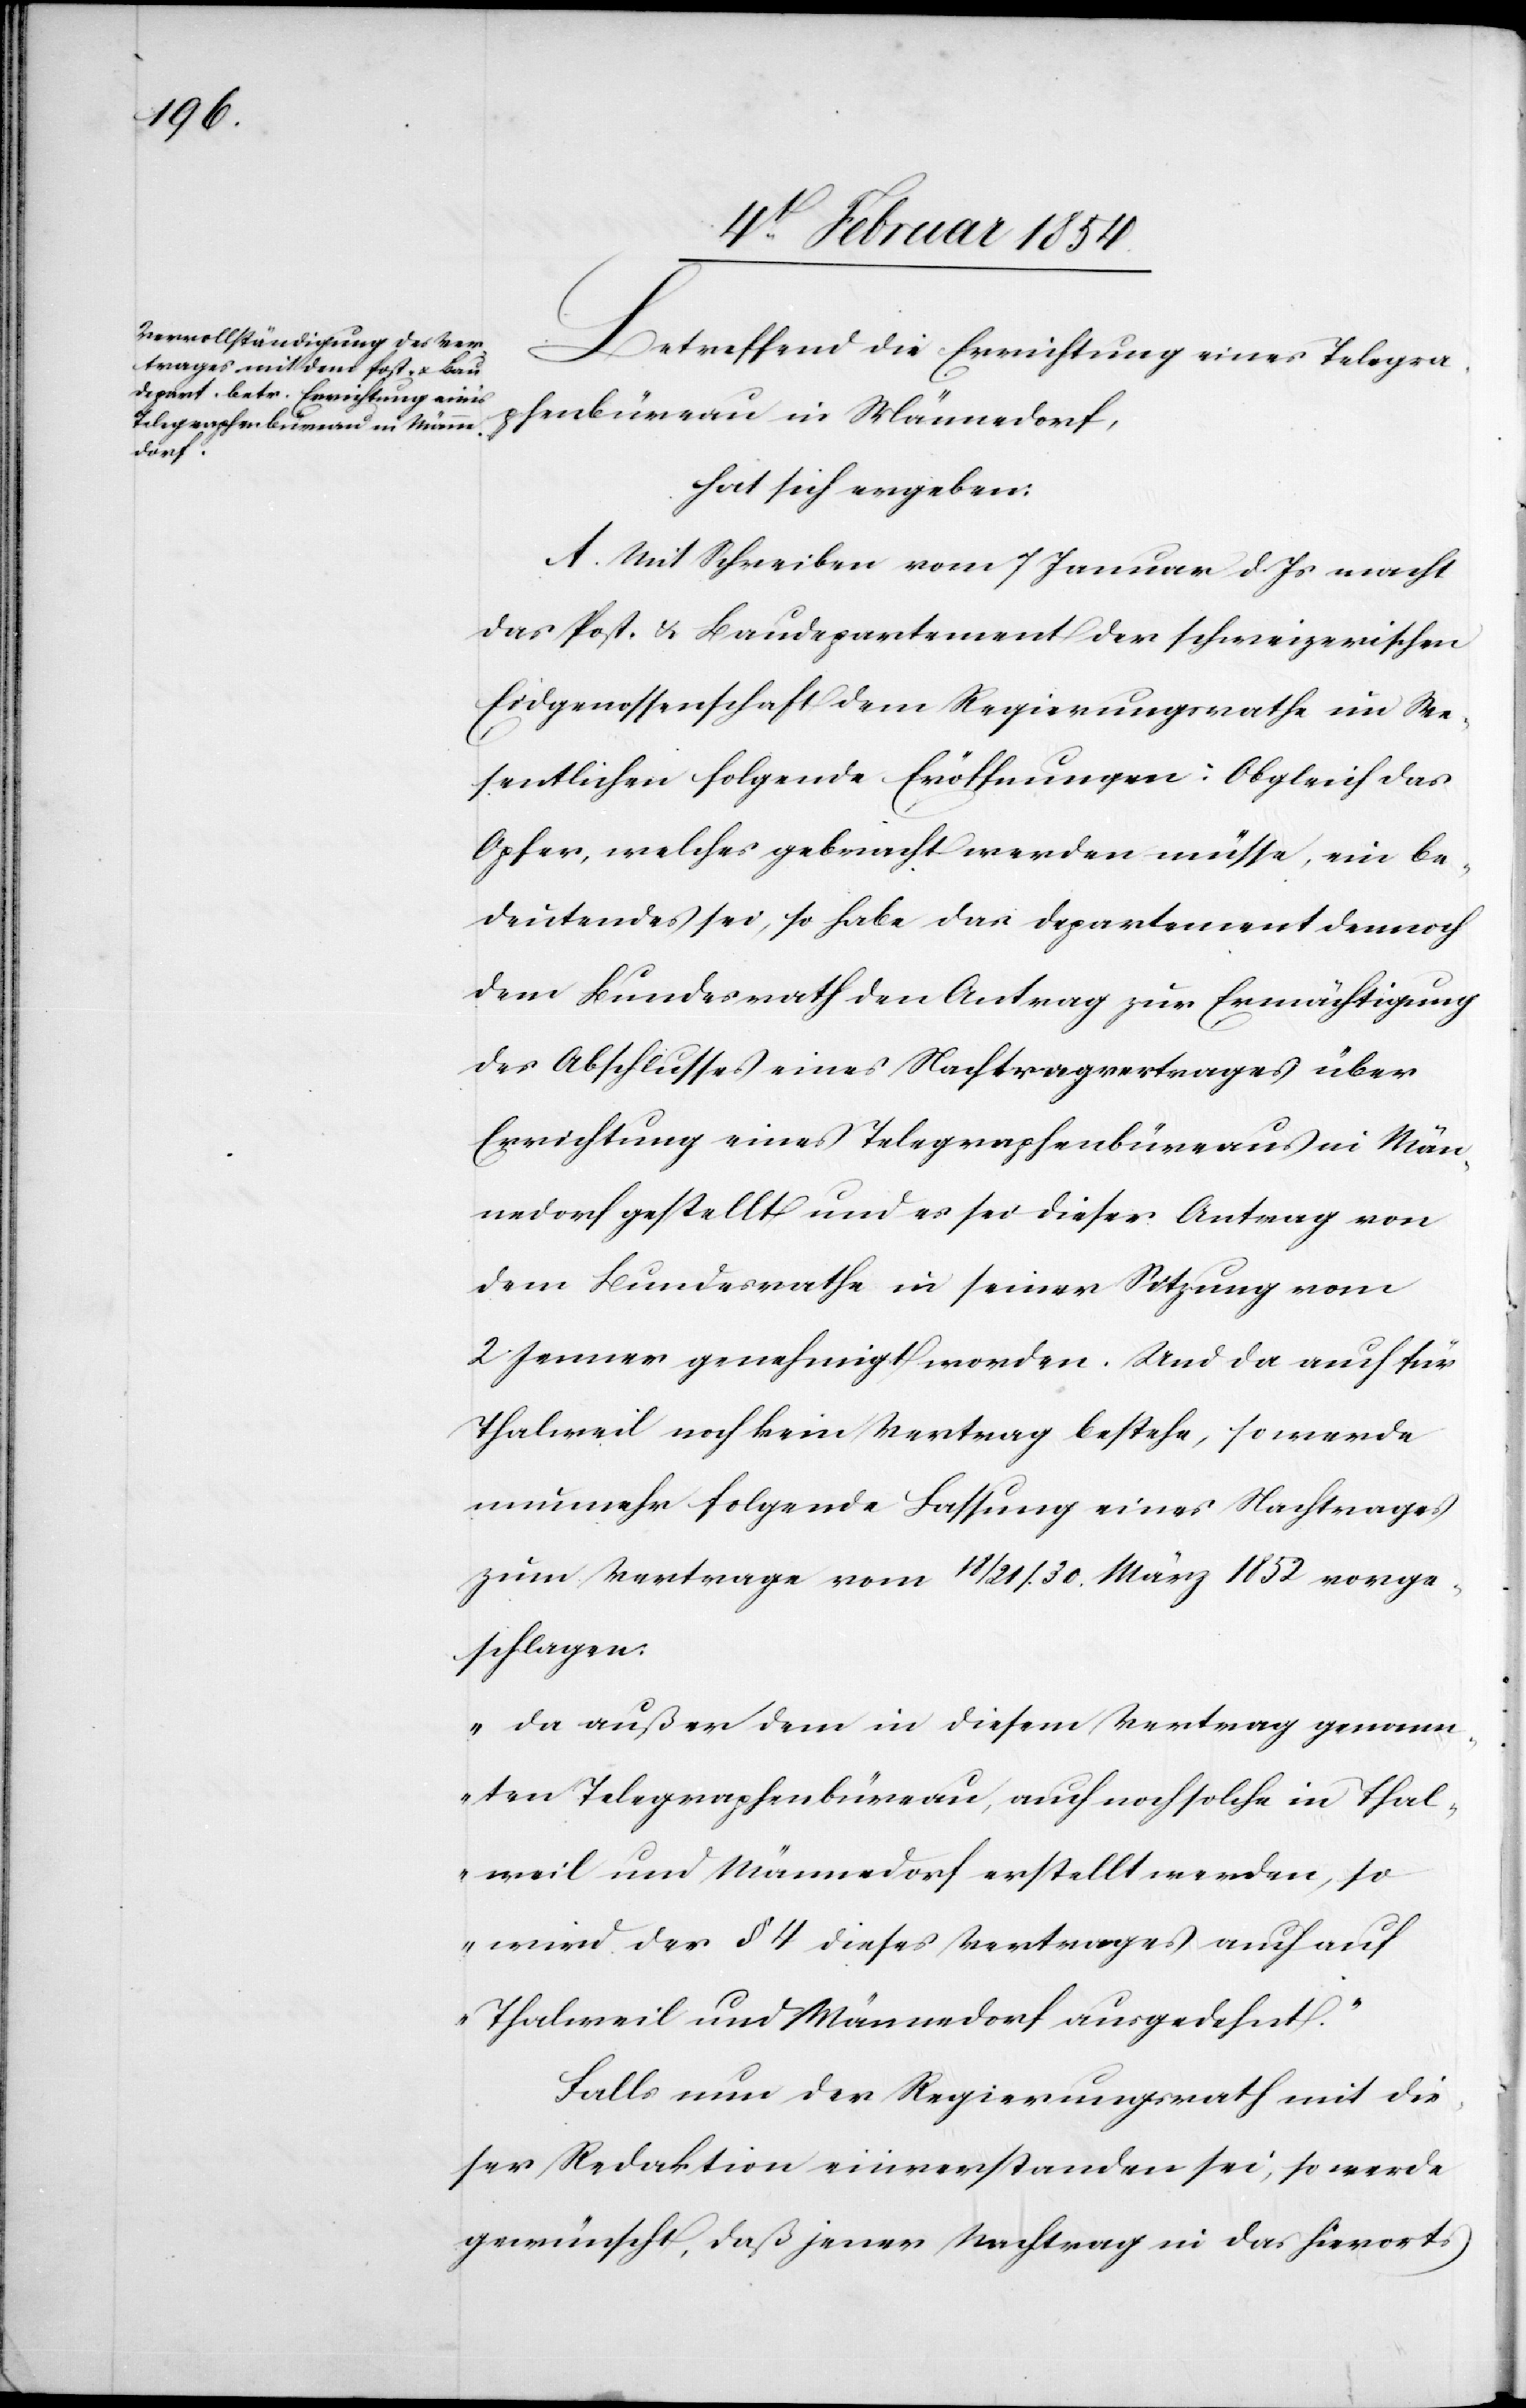
Betreffend die Errichtung eines Telegra¬
phenbüreau in Männedorf,
hat sich ergeben:
A. Mit Schreiben vom 7 Januar d. Js macht
das Post- u. Baudepartement der schweizerischen
Eidgenossenschaft dem Regierungsrathe im We¬
sentlichen folgende Eröffnungen: Obgleich das
Opfer, welches gebracht werden müsse, ein be¬
deutendes sei, so habe das Departement dennoch
dem Bundesrath den Antrag zur Ermächtigung
des Abschlusses eines Nachtragvertrages über
Errichtung eines Telegraphenbüreaus in Män¬
nedorf gestellt und es sei dieser Antrag von
dem Bundesrathe in seiner Sitzung vom
2. Jenner genehmigt worden. Und da auch für
Thalweil noch kein Vertrag bestehe, so werde
nunmehr folgende Fassung eines Nachtrages
zum Vertrag vom 18/21/.30. März 1852 vorge¬
schlagen:
„Da außer dem in diesem Vertrag genann¬
ten Telegraphenbüreau, auch noch solche in Thal¬
weil und Männedorf erstellt werden, so
wird der § 4 dieses Vertrages auch auf
Thalweil und Männedorf ausgedehnt.“
Falls nun der Regierungsrath mit die¬
ser Redaktion einverstanden sei, so werde
gewünscht, daß jener Nachtrag in das hierorts